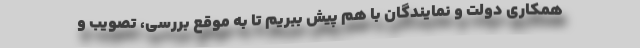
همکاری دولت و نمایندگان با هم پیش ببریم تا به موقع بررسی، تصویب و